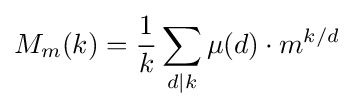
M_{m}(k)={\frac {1}{k}}\sum _{d|k}\mu (d)\cdot m^{k/d}